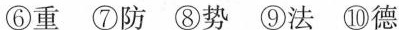
⑥重⑦防⑧势⑨法⑩德